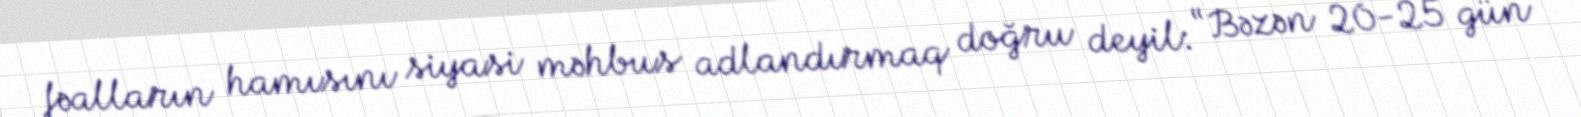
fəalların hamısını siyasi məhbus adlandırmaq doğru deyil: “Bəzən 20-25 gün